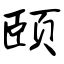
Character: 颐